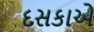
દસકાએ